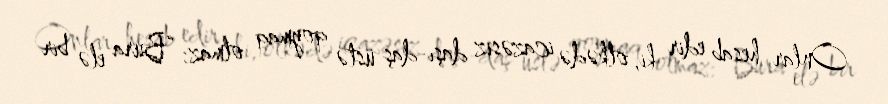
Onlar hesab edir ki, ölkədə icazəsiz daşı-daş üstə qoymaq olmaz: “Bura elə bir